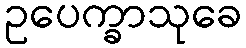
ဥပေက္ခာသုခေ